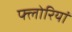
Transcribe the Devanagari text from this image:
फ्लोरियां